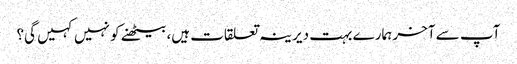
آپ سے آخر ہمارے بہت دیرینہ تعلقات ہیں، بیٹھنے کو نہیں کہیں گی؟